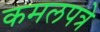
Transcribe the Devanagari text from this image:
कमलपत्रे